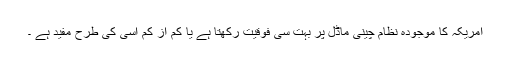
امریکہ کا موجودہ نظام چینی ماڈل پر بہت سی فوقیت رکھتا ہے یا کم از کم اسی کی طرح مفید ہے ۔